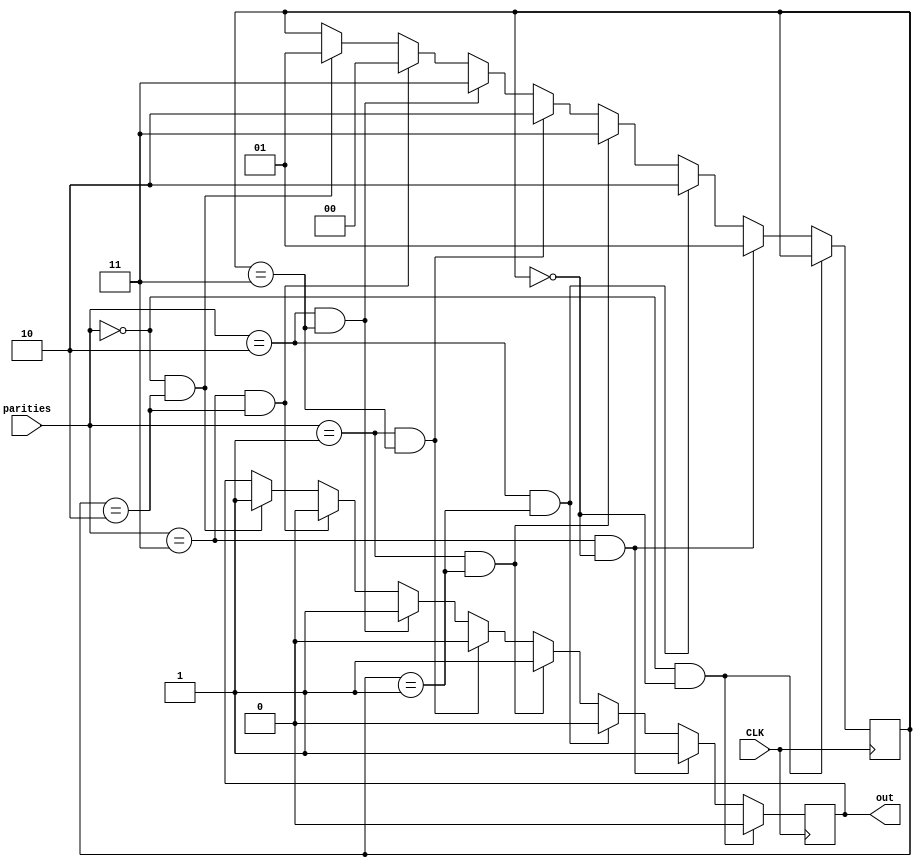
module Viterbi_V1(parities,CLK,out);
    input wire [1:0]parities;
    input wire CLK;
    output reg out;
    reg [1:0]state = 2'b00;


    always@(posedge CLK)
        begin
            if(parities == 2'b00 && state == 2'b00) 
                begin
                    out = 1'b0;
                end
            else if(parities == 2'b11 && state == 2'b00)
                begin
                    out = 1'b1;
                    state = 2'b01;
                end
            else if(parities == 2'b10 && state == 2'b01)
                begin
                    out = 1'b0;
                    state = 2'b10;
                end
            else if(parities == 2'b01 && state == 2'b01)
                begin
                    out = 1'b1;
                    state = 2'b11;
                end
            else if(parities == 2'b01 && state == 2'b11)
                begin
                    out = 1'b0;
                    state = 2'b10;
                end
            else if(parities == 2'b10 && state == 2'b11)
                begin
                    out = 1'b1;
                    state = 2'b11;
                end
            else if(parities == 2'b11 && state == 2'b10)
                begin
                    out = 1'b0;
                    state = 2'b00;
                end
            else if(parities == 2'b00 && state == 2'b10)
                begin
                    out = 1'b1;
                    state = 2'b01;
                end
        end
endmodule